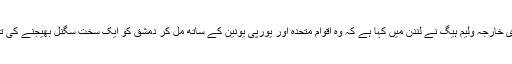
برطانوی سیکریٹری خارجہ ولیم ہیگ نے لندن میں کہا ہے کہ وہ اقوام متحدہ اور یورپی یونین کے ساتھ مل کر دمشق کو ایک سخت سگنل بھیجنے کی تیاری کر رہے ہیں۔